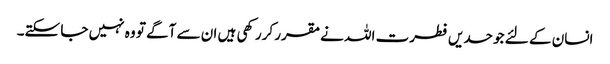
انسان کے لئے جو حدیں فطرت اللہ نےمقرر کررکھی ہیں ان سے آگے تو وہ نہیں جا سکتے۔